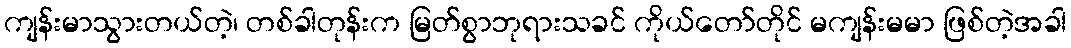
ကျန်းမာသွားတယ်တဲ့၊ တစ်ခါတုန်းက မြတ်စွာဘုရားသခင် ကိုယ်တော်တိုင် မကျန်းမမာ ဖြစ်တဲ့အခါ